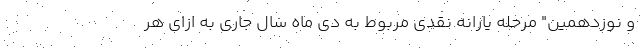
و نوزدهمین" مرحله یارانه نقدی مربوط به دی ماه سال جاری به ازای هر